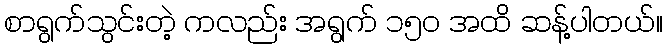
စာရွက်သွင်းတဲ့ ကလည်း အရွက် ၁၅ဝ အထိ ဆန့်ပါတယ်။